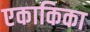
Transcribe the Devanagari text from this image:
एकाकिका